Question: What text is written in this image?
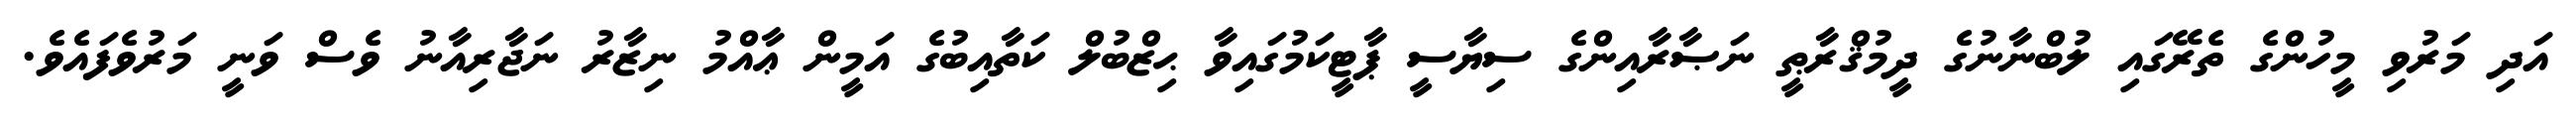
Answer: އަދި މަރުވި މީހުންގެ ތެރޭގައި ލުބްނާނުގެ ދީމުޤްރާޠީ ނަޞާރާއިންގެ ސިޔާސީ ޕާޓީކަމުގައިވާ ޙިޒްބުލް ކަތާއިބުގެ އަމީން ޢާއްމު ނިޒާރު ނަޖާރިއާނު ވެސް ވަނީ މަރުވެފައެވެ.